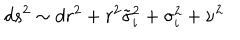
d s ^ { 2 } \sim d r ^ { 2 } + r ^ { 2 } \tilde { \sigma } _ { i } ^ { 2 } + \sigma _ { i } ^ { 2 } + \nu ^ { 2 }